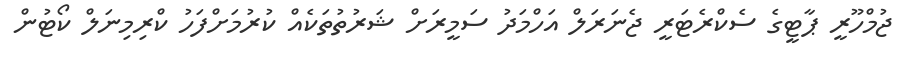
ޖުމްހޫރީ ޕާޓީގެ ސެކްރެޓަރީ ޖެނަރަލް އަހްމަދު ސަމީރަށް ޝަރުތުތަކެއް ކުރުމަށްފަހު ކްރިމިނަލް ކޯޓުން